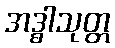
အဒ္ဓါသုတ္တ